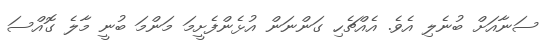
ސަނާއަށް ބުނެލި އެވެ. އެއްޗެހި ގަންނަން އުޅެންފެށީމަ މަންމަ ބުނީ މާލެ ގޮއްސަ